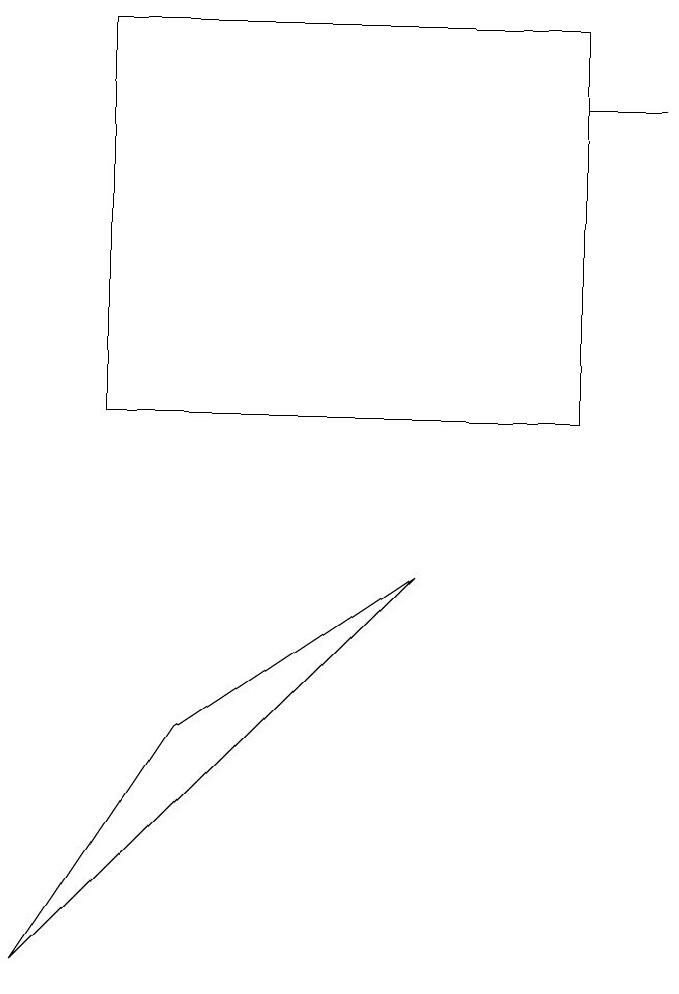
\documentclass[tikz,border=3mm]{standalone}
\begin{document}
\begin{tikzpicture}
\draw (8,15) rectangle (9,15);
\draw (1,4) -- (3,7) -- (6,9) -- cycle;
\draw (8,11) rectangle (2,16);
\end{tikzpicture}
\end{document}